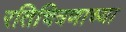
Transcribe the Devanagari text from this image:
रतिचित्रणाच्या